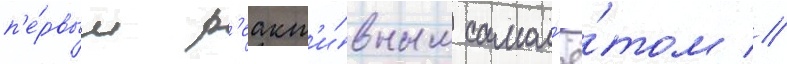
п'е́рвым р'еакт'и́вным самол'ё́том //